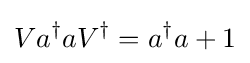
Va^{\dagger }aV^{\dagger }=a^{\dagger }a+1